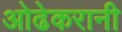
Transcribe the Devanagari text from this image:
ओढेकरानी